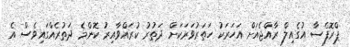
ޕްރޮފެސާ އުގެއިލް ރާއްޖެއަށް އަހަރަކު ހަތަރުވަރަކަށް ދަތުރު ކުރައްވާއިރު ކޮންމެ ދަތުރެއްގައިވެސް އެ